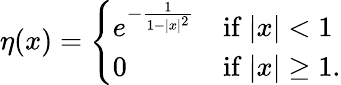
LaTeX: \eta(x)={\left\{ \begin{array}{ll}{e^{-{\frac{1}{1-|x|^{2}}}}}&{{\mathrm{if~}}|x|<1}\\ {0}&{{\mathrm{if~}}|x|\geq 1.}\end{array}\right.}